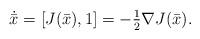
LaTeX: \begin{align*}\dot{\bar x}=[J(\bar x),1]=-\tfrac{1}{2}\nabla J(\bar x).\end{align*}